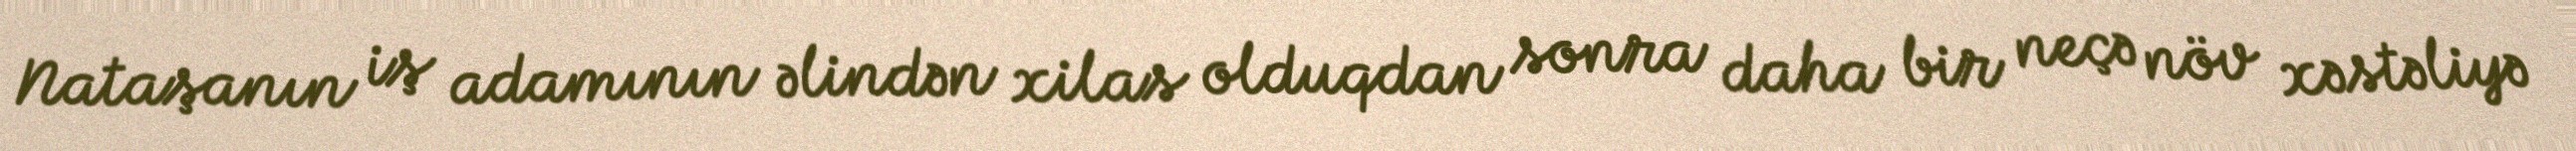
Nataşanın iş adamının əlindən xilas olduqdan sonra daha bir neçə növ xəstəliyə